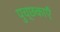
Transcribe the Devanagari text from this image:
पुच्छकाएँ